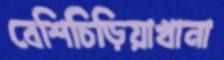
বেশিচিড়িয়াখানা